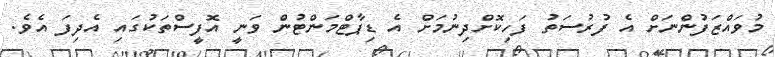
މުވައްޒަފުންނަށް އެ ފުރުސަތު ފަހިކޮށްދިނުމަށް އެ ޑިޕާޓްމަންޓުން ވަނީ އޮފީސްތަކުގައި އެދިފަ އެވެ.